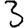
Digit: 3